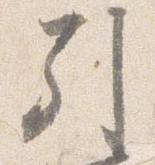
引